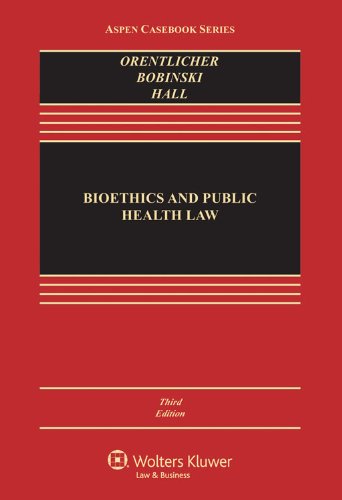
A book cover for Bioethics & Public Health Law, Third Edition (Aspen Casebook); David Orentlicher; Law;